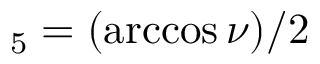
_ 5 = ( \operatorname { a r c c o s } \nu ) / 2